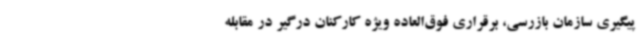
پیگیری سازمان بازرسی، برقراری فوق‌العاده ویژه کارکنان درگیر در مقابله